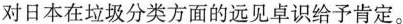
对日本在垃圾分类方面的远见卓识给予肯定。